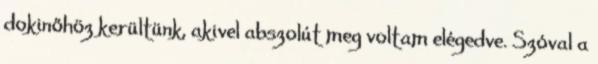
dokinőhöz kerültünk, akivel abszolút meg voltam elégedve. Szóval a